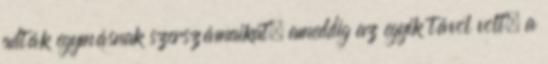
adták egymásnak szerszámaikat, ameddig az egyik távol volt, a